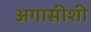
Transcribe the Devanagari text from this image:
अगासीशी